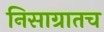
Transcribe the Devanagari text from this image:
निसाग्रातच